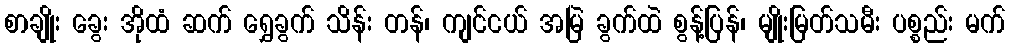
စာချိုး ခွေး အိုထံ ဆက် ရွှေခွက် သိန်း တန်၊ ကျင်ငယ် အမြဲ ခွက်ထဲ စွန့်ပြန်၊ မျိုးမြတ်သမီး ပစ္စည်း မက်